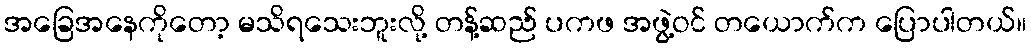
အခြေအနေကိုတော့ မသိရသေးဘူးလို့ တန့်ဆည် ပကဖ အဖွဲ့ဝင် တယောက်က ပြောပါတယ်။